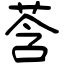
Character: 莟